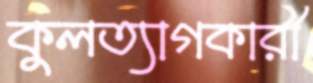
কুলত্যাগকারী